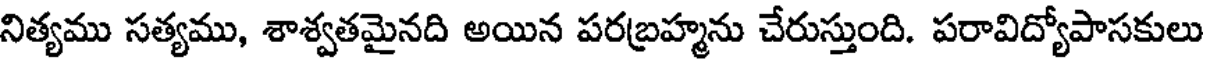
నిత్యము సత్యము, శాశ్వతమైనది అయిన పరబ్రహ్మను చేరుస్తుంది. పరావిద్యోపాసకులు